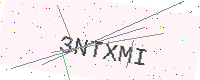
Text: 3NTXMI